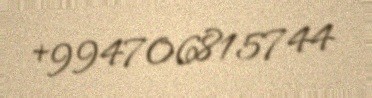
+994706815744